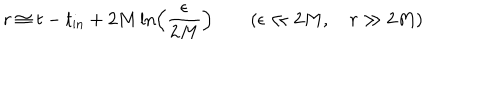
r \cong t - t _ { \mathrm { i n } } + 2 M \ln \left( { \frac { \epsilon } { 2 M } } \right) \qquad ( \epsilon \ll 2 M , \quad r \gg 2 M )